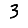
Digit: 3